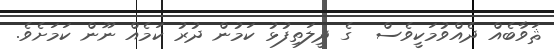
ޘަވާބެއް ދެއްވުމަކީވެސް  ގެ ދީލަތިފުޅު ކަމުން ދުރު ކަމެއް ނޫން ކަމަށެވެ.